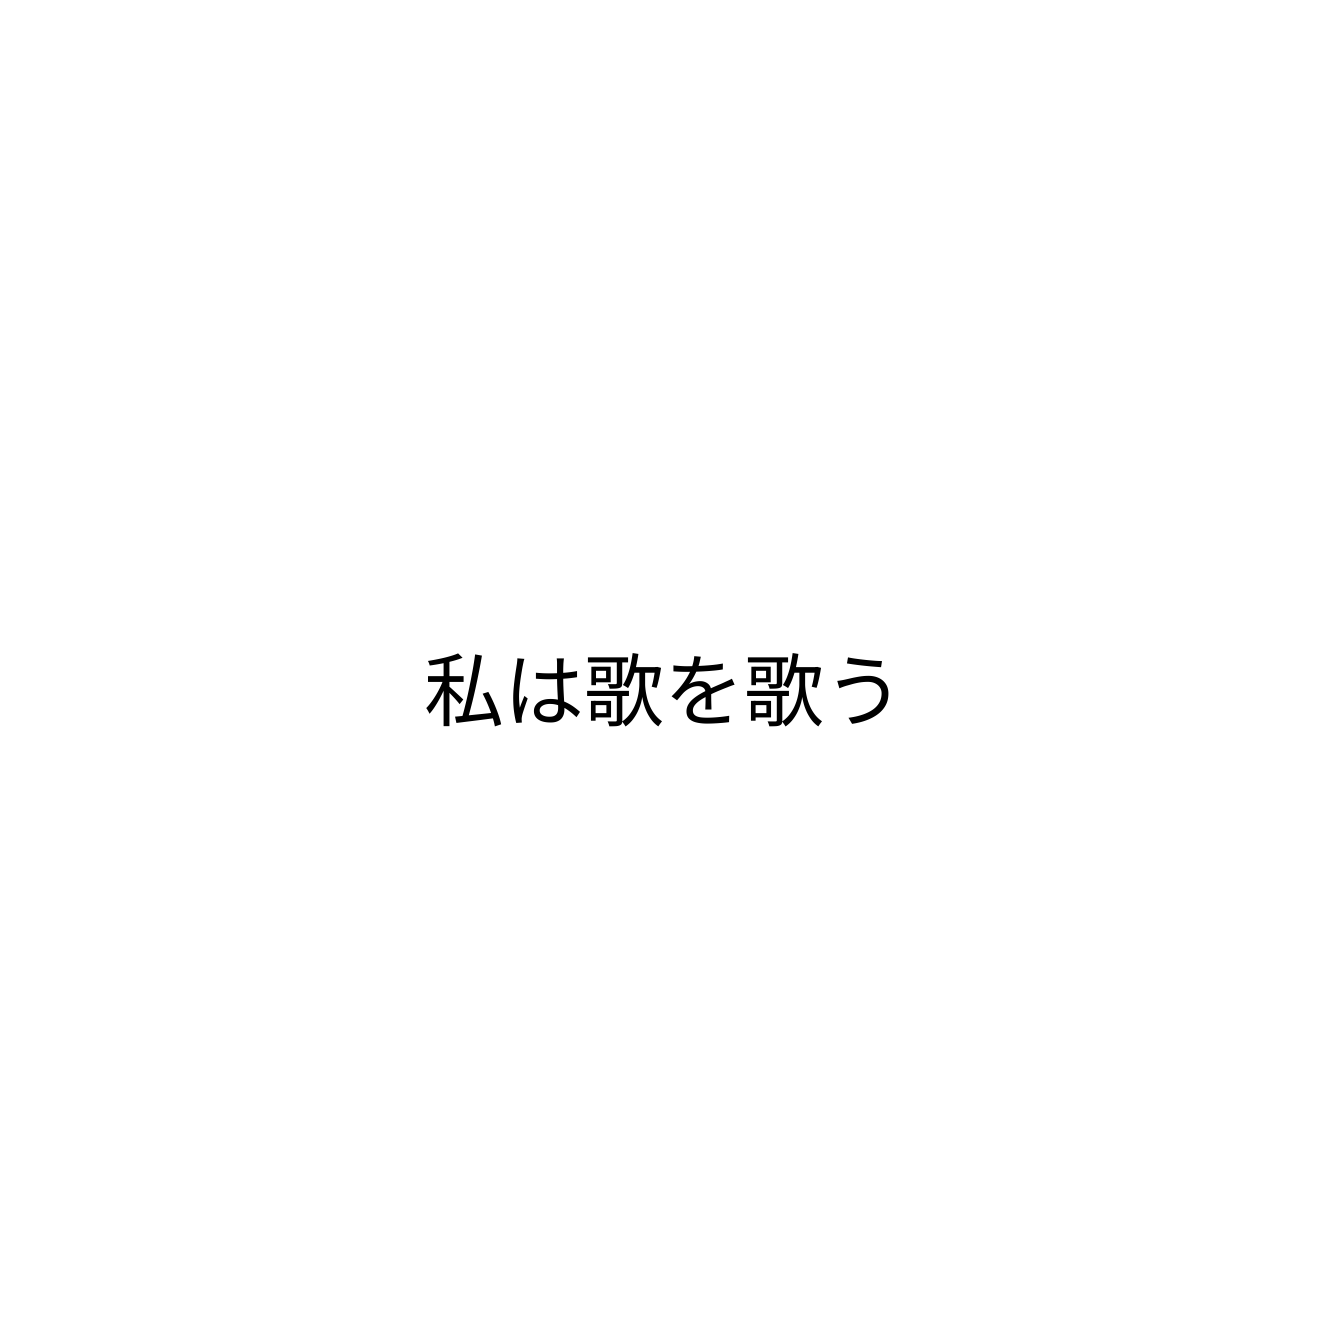
私は歌を歌う